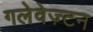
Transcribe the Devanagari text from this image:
गलेवेज़्टन